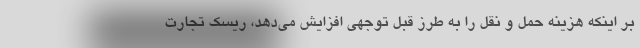
بر اینکه هزینه حمل و نقل را به طرز قبل توجهی افزایش می‌دهد، ریسک تجارت